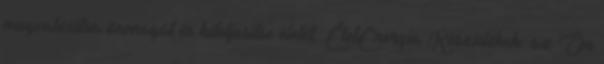
megvalósítsa önmagát és kiteljesítse életét. ÉletEnergia Készülékek: az Ön